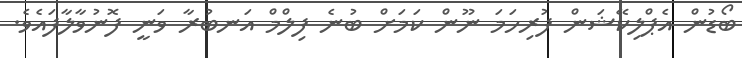
ބޯޑުން އެޕްލިކޭޝަން ފުރިހަމަ ނޫން ކަމަށް ބުނެ ފިލްމް އަނބުރާ ވަނީ ފޮނުވާލާފައެވެ.